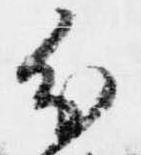
分